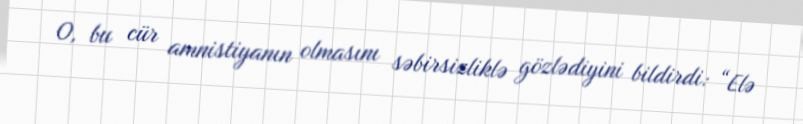
O, bu cür amnistiyanın olmasını səbirsizliklə gözlədiyini bildirdi: “Elə